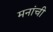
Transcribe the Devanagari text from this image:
मनांची